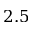
2 . 5